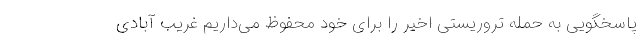
پاسخگویی به حمله تروریستی اخیر را برای خود محفوظ می‌داریم غریب آبادی